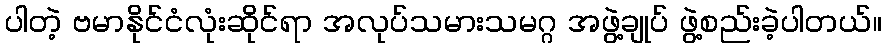
ပါတဲ့ ဗမာနိုင်ငံလုံးဆိုင်ရာ အလုပ်သမားသမဂ္ဂ အဖွဲ့ချုပ် ဖွဲ့စည်းခဲ့ပါတယ်။